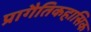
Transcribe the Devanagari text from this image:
प्रागैतिकहासिक